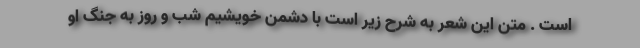
است . متن این شعر به شرح زیر است با دشمن خویشیم شب و روز به جنگ او